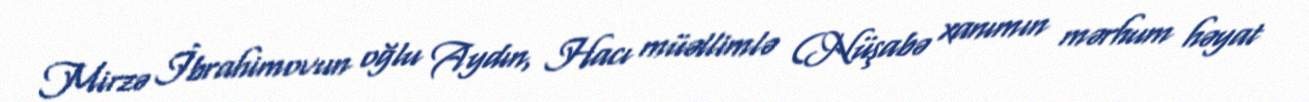
Mirzə İbrahimovun oğlu Aydın, Hacı müəllimlə (Nüşabə xanımın mərhum həyat